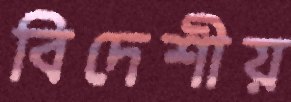
বিদেশীয়